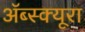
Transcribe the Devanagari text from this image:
ॲब्स्क्यूरा